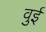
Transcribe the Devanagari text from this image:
वुई